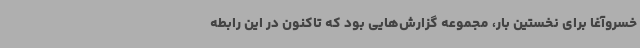
خسروآغا برای نخستین بار، مجموعه گزارش‌هایی بود که تاکنون در این رابطه